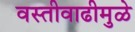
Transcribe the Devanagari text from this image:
वस्तीवाढीमुळे